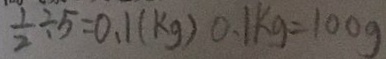
\frac { 1 } { 2 } \div 5 = 0 . 1 ( k g ) 0 . 1 k g = 1 0 0 g